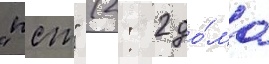
"псж" (2: 2 до́ма